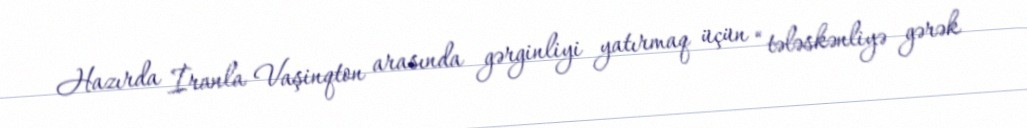
Hazırda İranla Vaşinqton arasında gərginliyi yatırmaq üçün “tələskənliyə gərək